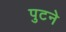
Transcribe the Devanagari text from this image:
पुटने